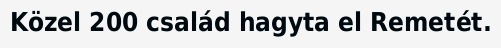
Közel 200 család hagyta el Remetét.